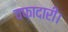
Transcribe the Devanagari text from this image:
वफ़ादारी।